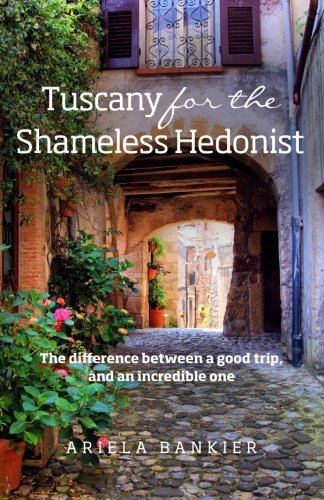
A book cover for Tuscany for the Shameless Hedonist: Florence and Tuscany Travel Guide; Ariela Bankier; Travel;